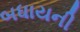
બધાયની